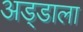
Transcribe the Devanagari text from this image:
अड्डाला